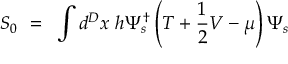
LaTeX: S _ { 0 } ~ = ~ \int d ^ { D } x ~ h \Psi _ { s } ^ { \dagger } \left( T + \frac { 1 } { 2 } V - \mu \right) \Psi _ { s }